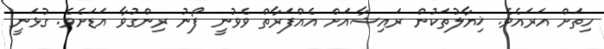
ހިތަށް އަރައެވެ. ޚިޔާލުތަކުން ރައިޝާއަށް އެއްފަރާތް ވެވުނީ ފޯނު ރިންގުވާ އަޑަށެވެ. ގުޅަނީ